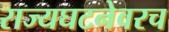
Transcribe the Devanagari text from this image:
राज्यघटनेवरच